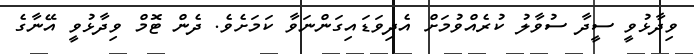
ވިދާޅުވީ ސީދާ ސުވާލު ކުރެއްވުމަށް އެދިވަޑައިގަންނަވާ ކަމަށެވެ. ދެން ޓޮމް ވިދާޅުވީ އޭނާގެ